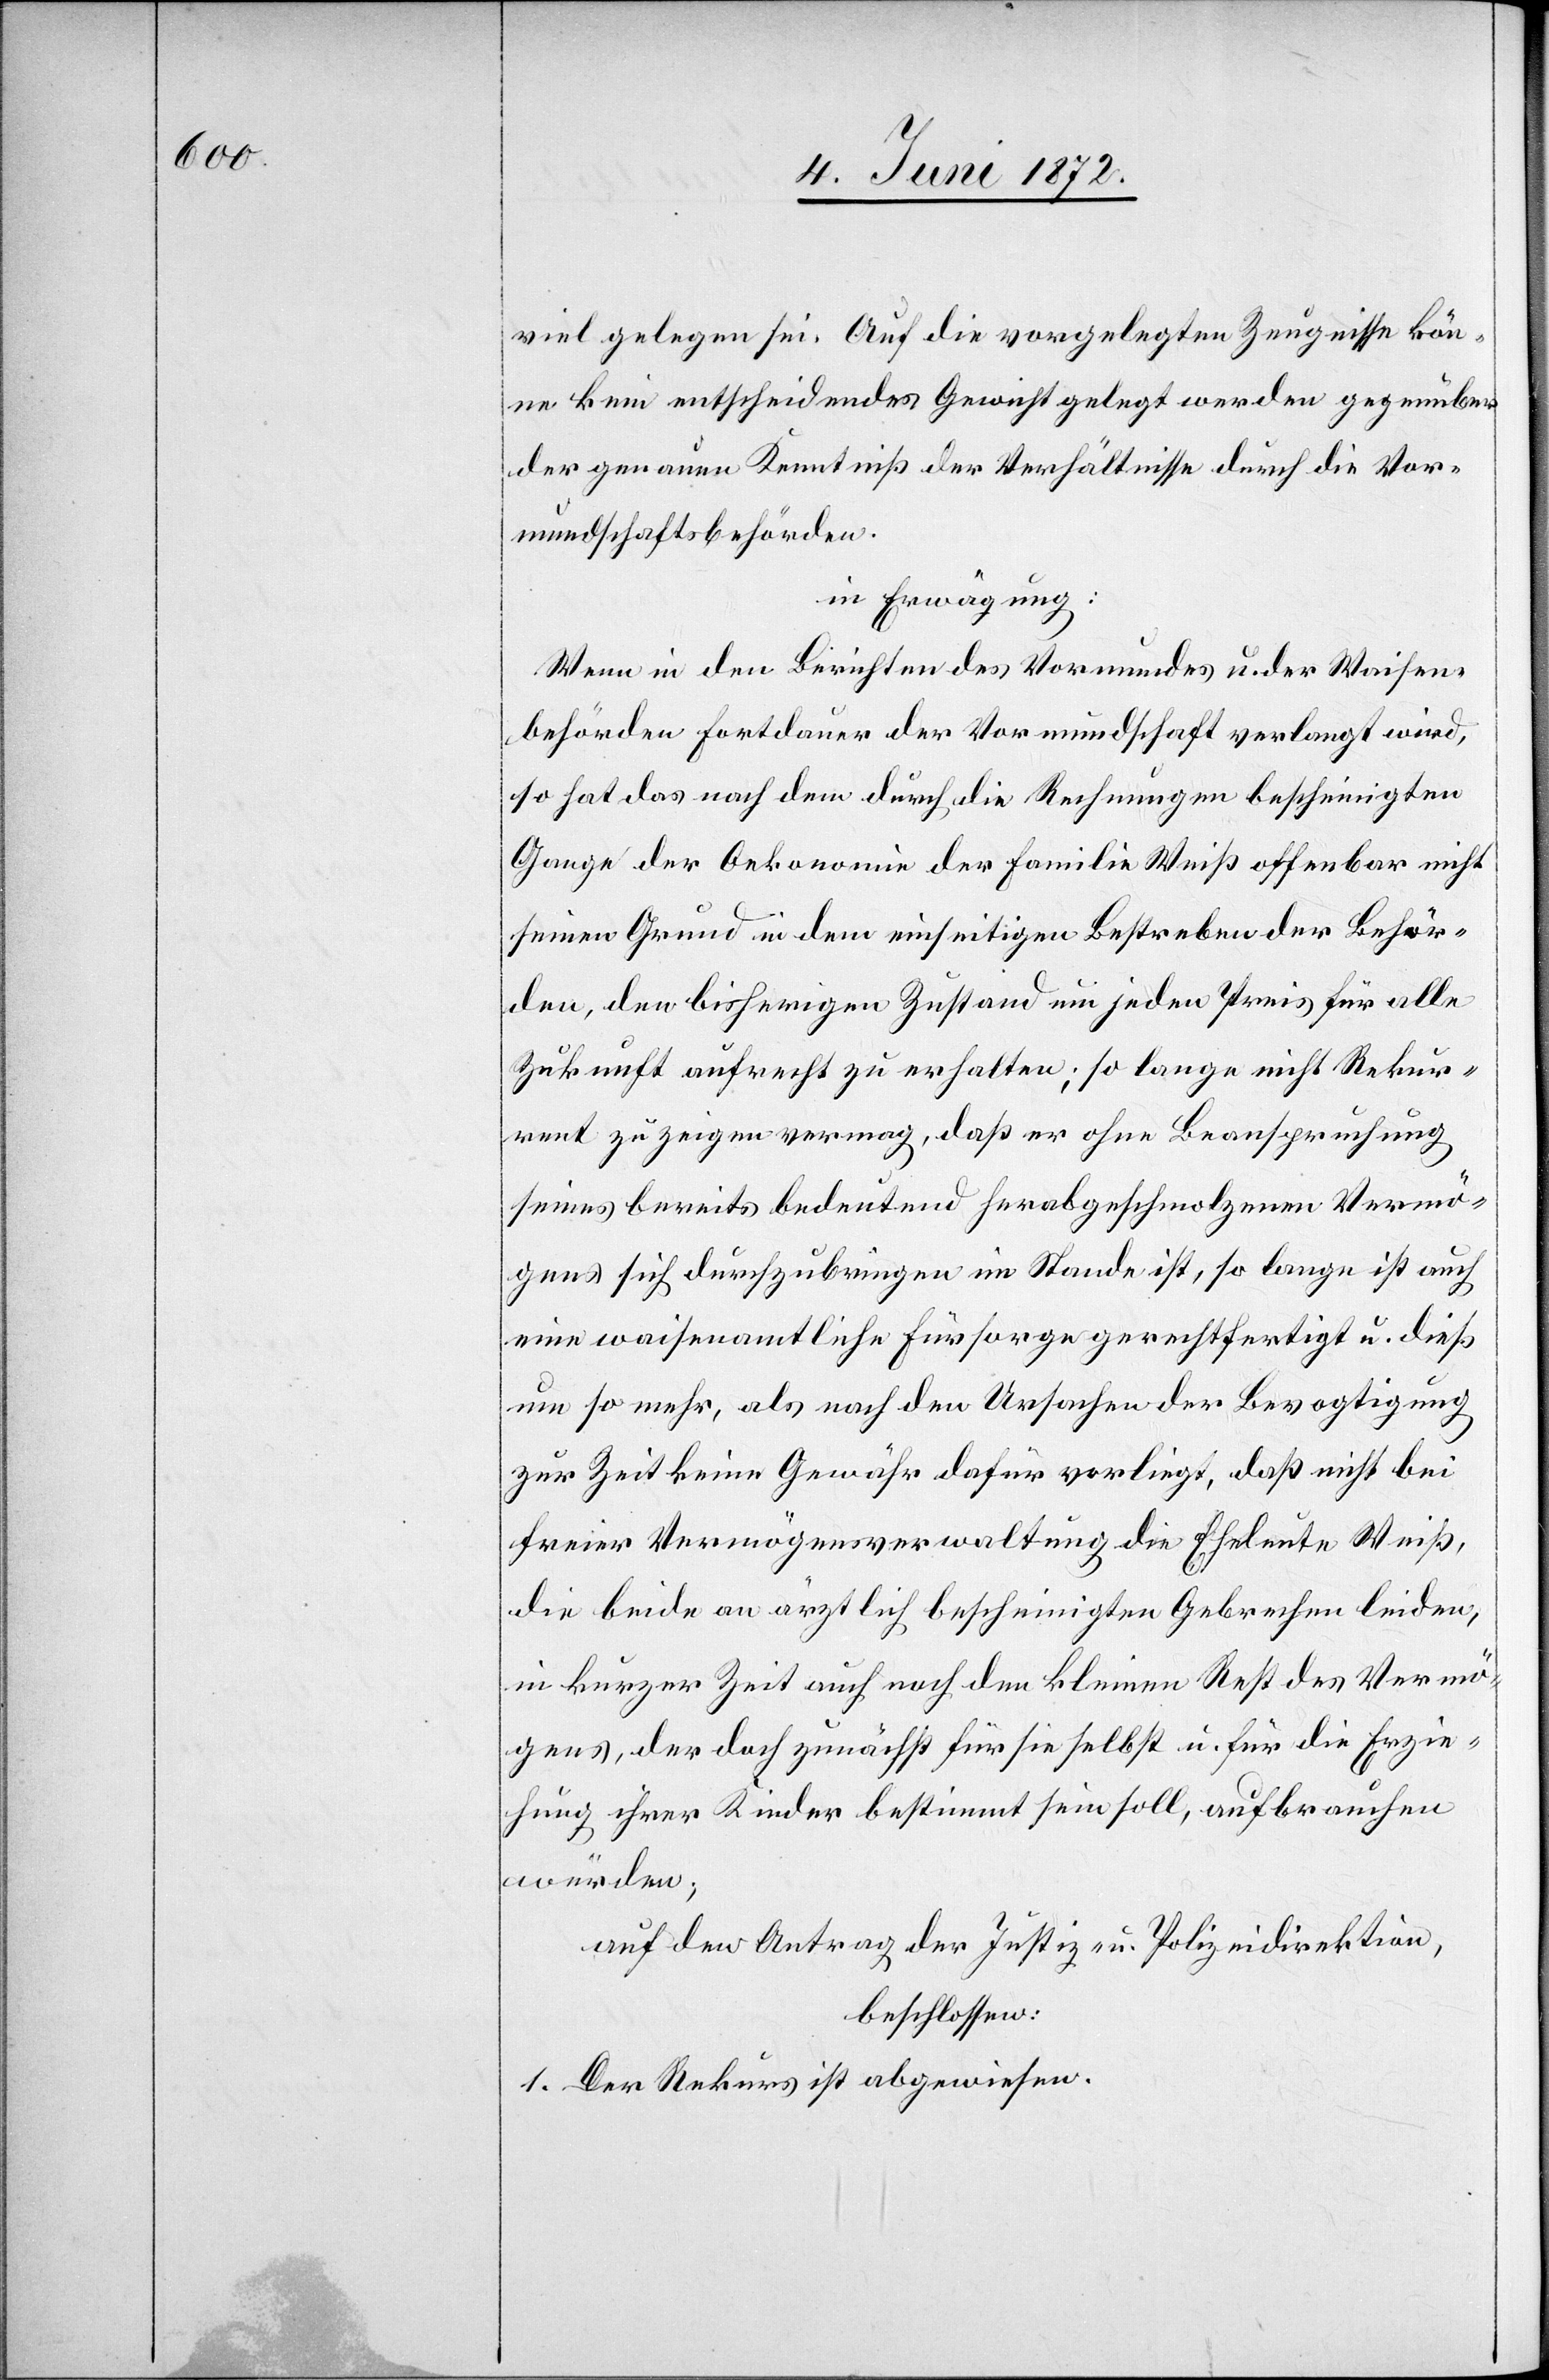
viel gelegen sei. Auf die vorgelegten Zeugnisse kön¬
ne kein entscheidendes Gewicht gelegt werden gegenüber
der genauen Kenntniß der Verhältnisse durch die Vor¬
mundschaftsbehörden.
in Erwägung:
Wenn in den Berichten des Vormundes u. der Waisen¬
behörde Fortdauer der Vormundschaft verlangt wird,
so hat das nach dem durch die Rechnungen bescheinigten
Gange der Oekonomie der Familie Weiß offenbar nicht
seinen Grund in dem einseitigen Bestreben der Behör¬
den, den bisherigen Zustand um jeden Preis für alle
Zukunft aufrecht zu erhalten; so lange nicht Rekur¬
rent zu zeigen vermag, daß er ohne Beanspruchung
seines bereits bedeutend herabgeschmolzenen Vermö¬
gens sich durchzubringen im Stande ist, so lange ist auch
eine waisenamtliche Fürsorge gerechtfertigt u. dieß
um so mehr, als nach den Ursachen der Bevogtigung
zur Zeit keine Gewähr dafür vorliegt, daß nicht bei
freier Vermögensverwaltung die Eheleute Weiß,
die beide an ärztlich bescheinigten Gebrechen leiden,
in kurzer Zeit auch noch den kleinen Rest des Vermö¬
gens, der doch zunächst für sie selbst u. für die Erzie¬
hung ihrer Kinder bestimmt sein soll, aufbrauchen
würde;
auf den Antrag der Justiz- u. Polizeidirektion,
beschlossen:
1. Der Rekurs ist abgewiesen.